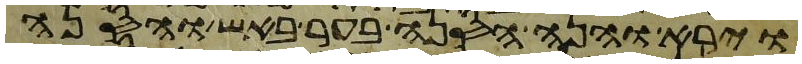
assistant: וירא והנה הסנה בער באש והסנה